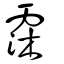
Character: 霂